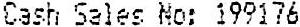
CASH SALES NO: 199176